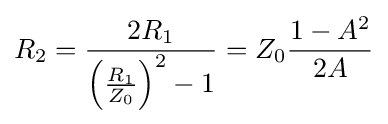
R_{2}={\frac {2R_{1}}{\left({\frac {R_{1}}{Z_{0}}}\right)^{2}-1}}=Z_{0}{\frac {1-A^{2}}{2A}}